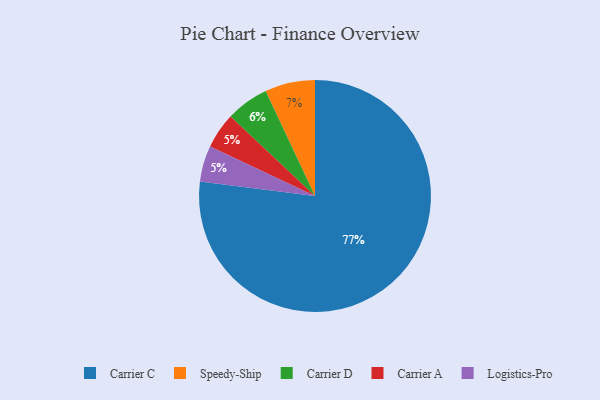
{"axis": {"x": "Category", "y": "Percentage"}, "legend": ["Carrier A", "Carrier C", "Carrier D", "Logistics-Pro", "Speedy-Ship"], "data": [{"x": "Speedy-Ship", "y": 7, "type": "Speedy-Ship"}, {"x": "Carrier A", "y": 5, "type": "Carrier A"}, {"x": "Logistics-Pro", "y": 5, "type": "Logistics-Pro"}, {"x": "Carrier C", "y": 77, "type": "Carrier C"}, {"x": "Carrier D", "y": 6, "type": "Carrier D"}]}